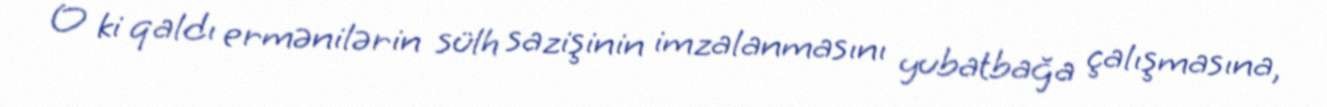
O ki qaldı ermənilərin sülh sazişinin imzalanmasını yubatbağa çalışmasına,